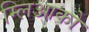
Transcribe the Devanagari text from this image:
म्लिआको